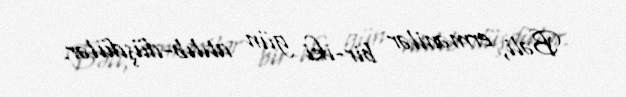
Bəli, ermənilər bir-iki gün atılıb-düşdülər.